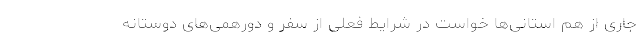
جاری از هم استانی‌ها خواست در شرایط فعلی از سفر و دورهمی‌های دوستانه